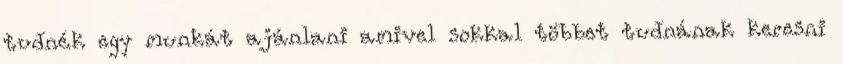
tudnék egy munkát ajánlani amivel sokkal többet tudnának keresni